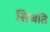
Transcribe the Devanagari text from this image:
सिथति